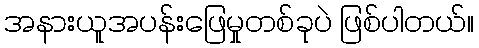
အနားယူအပန်းဖြေမှုတစ်ခုပဲ ဖြစ်ပါတယ်။